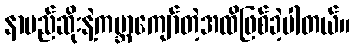
နာမည်ဆိုးနဲ့ကမ္ဘာကျော်တဲ့အထိဖြစ်ခဲ့ပါတယ်။